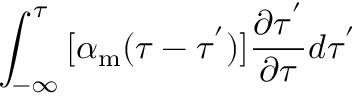
\int _ { - \infty } ^ { \tau } { [ \alpha _ { \mathrm { m } } ( \tau - \tau ^ { ' } ) ] \frac { \partial \tau ^ { ' } } { \partial \tau } } d \tau ^ { ' }